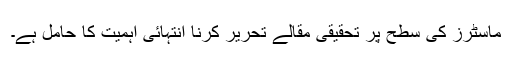
ماسٹرز کی سطح پر تحقیقی مقالے تحریر کرنا انتہائی اہمیت کا حامل ہے۔